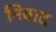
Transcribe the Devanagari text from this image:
निंवाद